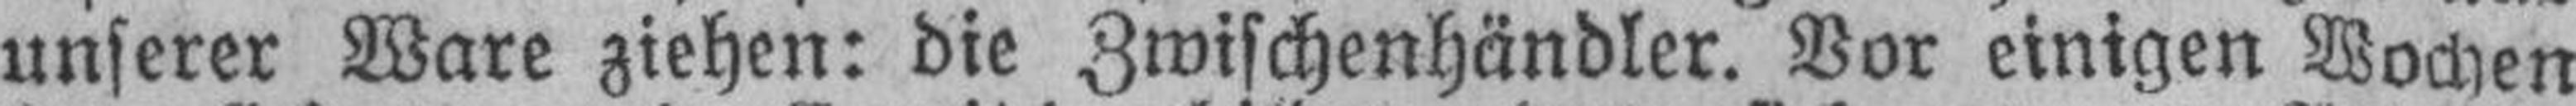
unserer Ware ziehen: die Zwischenhändler. Vor einigen Wochen